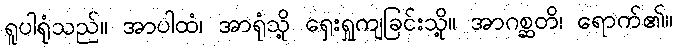
ရူပါရုံသည်။ အာပါထံ၊ အာရုံသို့ ရှေးရှုကျခြင်းသို့။ အာဂစ္ဆတိ၊ ရောက်၏။